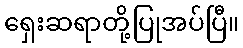
ရှေးဆရာတို့ပြုအပ်ပြီ။